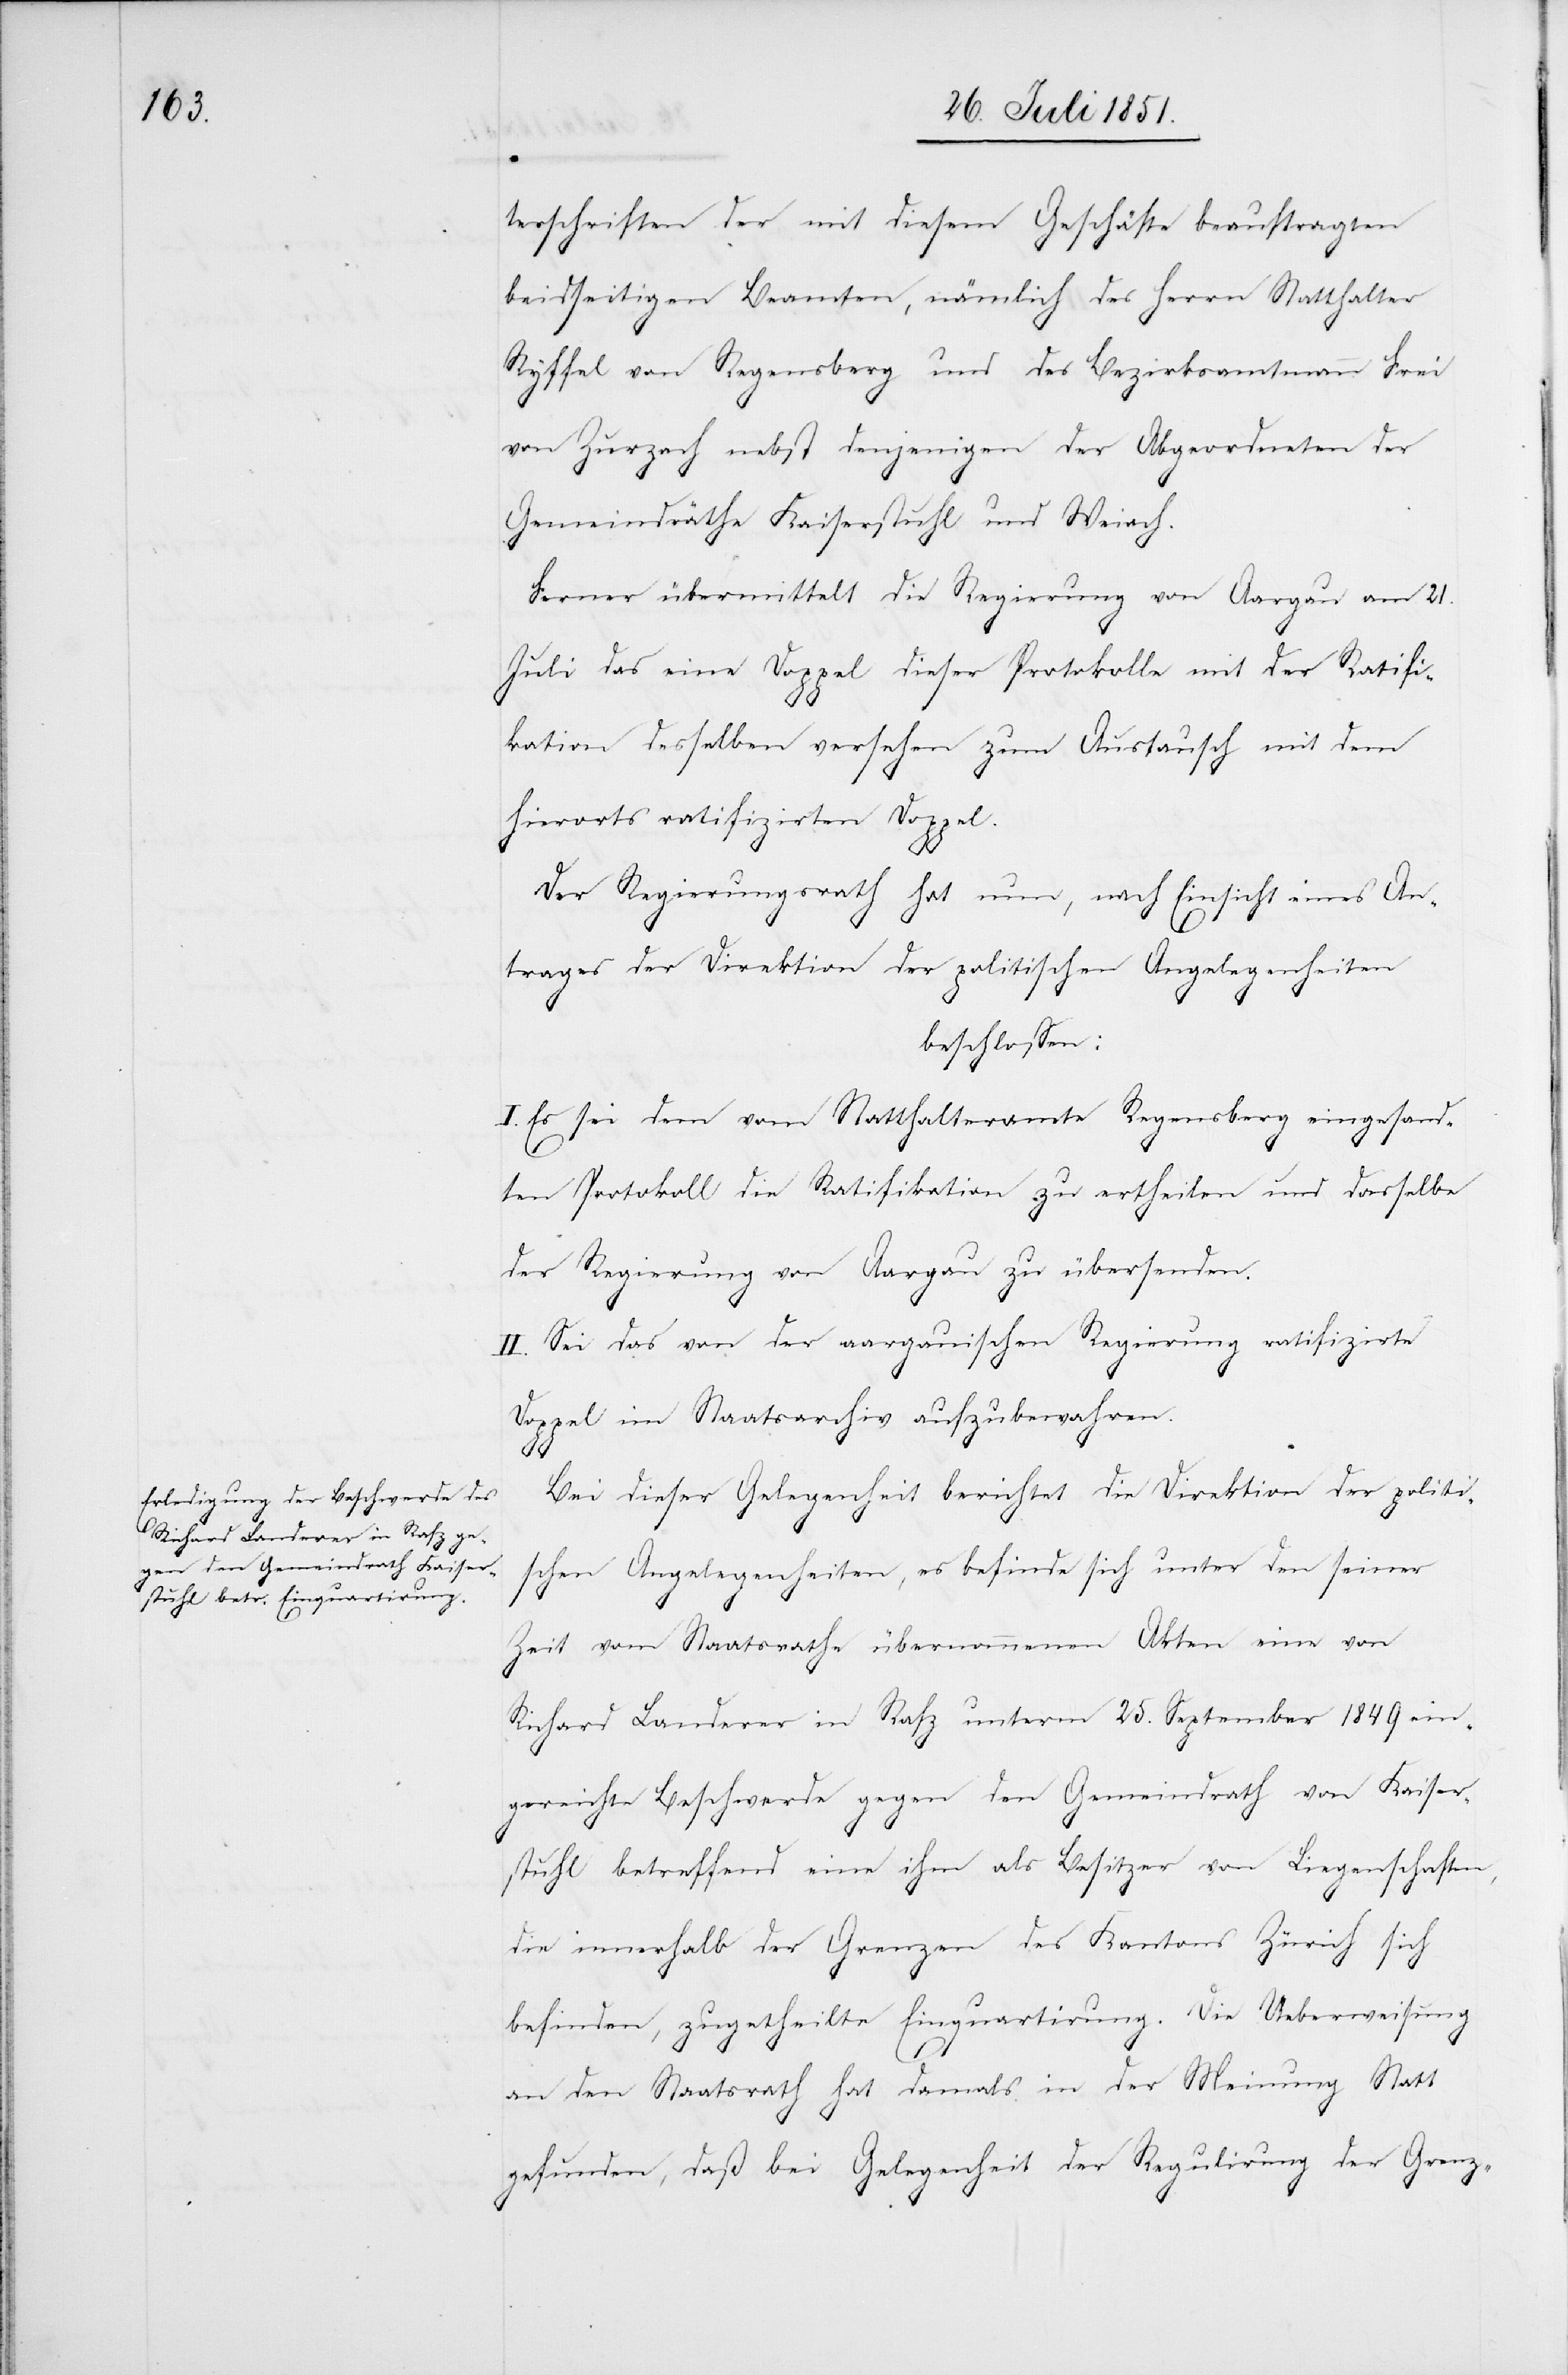
terschriften der mit diesem Geschäfte beauftragten
beidseitigen Beamten, nämlich des Herrn Statthalter
Ryffel von Regensberg und des Bezirksamtmann Frei
von Zurzach nebst denjenigen der Abgeordneten der
Gemeindräthe Kaiserstuhl und Weiach.
Ferner übermittelt die Regierung von Aargau am 21.
Juli das eine Doppel dieser Protokolle mit der Ratifi¬
kation desselben versehen zum Austausch mit dem
Doppel.
hierorts ratifizirten
Der Regierungsrath hat nun, nach Einsicht eines An¬
trages der Direktion der politischen Angelegenheiten
beschlossen:
I. Es sei dem vom Statthalteramte Regensberg eingesand¬
ten Protokoll die Ratifikation zu ertheilen und dasselbe
der Regierung von Aargau zu übersenden.
II. Sei das von der aargauischen Regierung ratifizirte
Doppel im Staatsarchiv aufzubewahren.
Bei dieser Gelegenheit berichtet die Direktion der politi¬
schen Angelegenheiten, es befinde sich unter den seiner
Zeit vom Staatsrathe übernommenen Akten eine von
Richard Landerer in Rafz unterm 25. September 1849 ein¬
gereichte Beschwerde gegen den Gemeindrath von Kaiser¬
stuhl betreffend eine ihm als Besitzer von Liegenschaften,
die innerhalb der Grenzen des Kantons Zürich sich
befinden, zugetheilte Einquartirung. Die Ueberweisung
an den Staatsrath hat damals in der Meinung Statt
gefunden, daß bei Gelegenheit der Regulirung der Grenz-